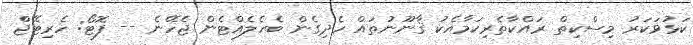
ކަޅުވަކަރު މިސްކިތް ރައްކާތެރިކަމާއެކު ޤާނޫނުތައް ހެދިގެން ބެހެލެއްޓެން ޖެހޭނެ -- ފޮޓޯ: ހެރިޓޭޖްް